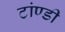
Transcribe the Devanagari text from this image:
टांण्डी